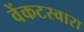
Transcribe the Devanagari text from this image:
वेंकटस्वारा